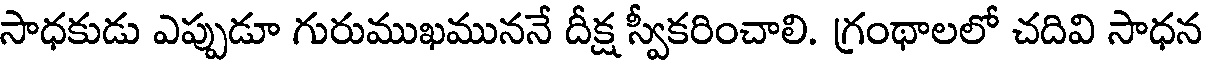
సాధకుడు ఎప్పుడూ గురుముఖముననే దీక్ష స్వీకరించాలి. గ్రంథాలలో చదివి సాధన